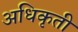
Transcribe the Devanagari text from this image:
अधिकृती